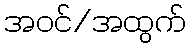
အဝင်/အထွက်